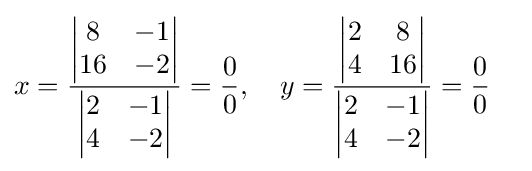
{\begin{aligned}x&={\frac {\begin{vmatrix}8&-1\\{16}&-2\end{vmatrix}}{\begin{vmatrix}2&-1\\4&-2\end{vmatrix}}}={0 \over 0},\quad y={\frac {\begin{vmatrix}2&8\\4&{16}\end{vmatrix}}{\begin{vmatrix}2&-1\\4&-2\end{vmatrix}}}={0 \over 0}\end{aligned}}